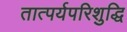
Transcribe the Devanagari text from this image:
तात्पर्यपरिशुद्धि